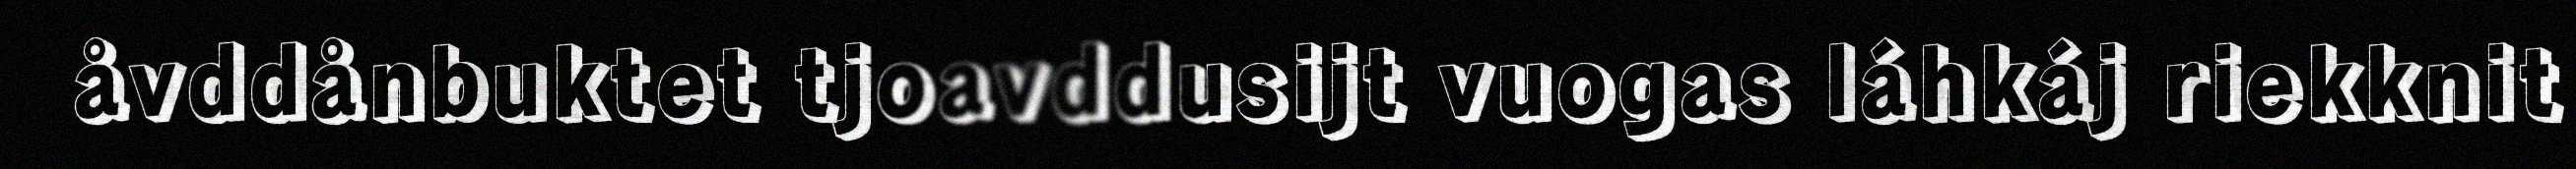
åvddånbuktet tjoavddusijt vuogas láhkáj riekknit